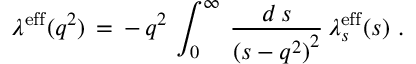
\lambda ^ { \mathrm { e f f } } ( q ^ { 2 } ) \, = \, - \, q ^ { 2 } \, \int _ { 0 } ^ { \infty } \, \frac { d \, s } { { ( s - q ^ { 2 } ) } ^ { 2 } } \, \lambda _ { s } ^ { \mathrm { e f f } } ( s ) \, \, .